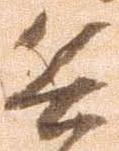
兵